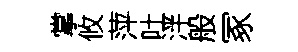
掌攸萍吐泮般冢